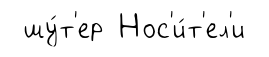
шу́т'ер Нос'и́т'ел'и